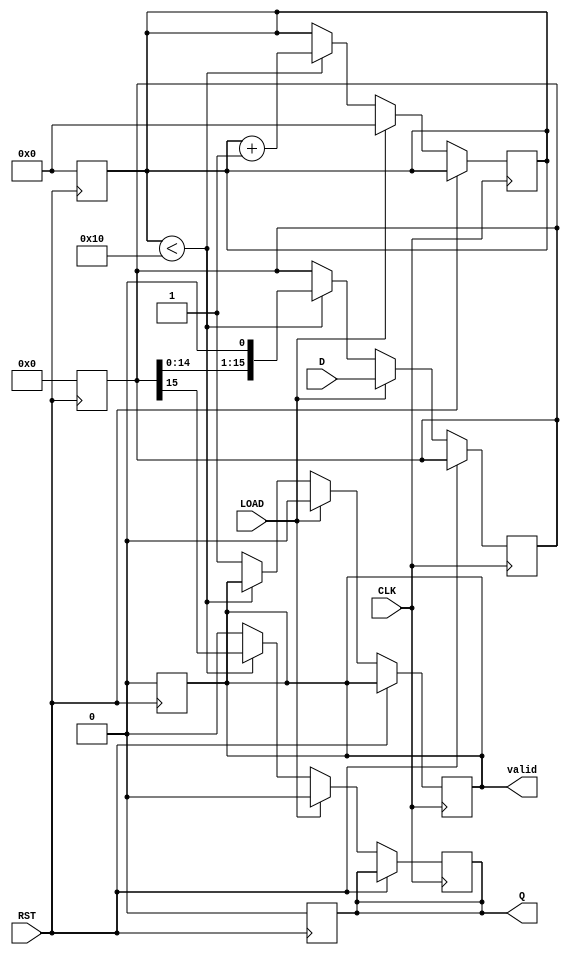
module PISO_Register (
    input wire [15:0] D,       // 16-bit parallel data input
    input wire LOAD,           // Load control signal
    input wire CLK,            // Clock signal
    input wire RST,            // Reset signal
    output reg Q,              // Serial output
    output reg valid           // Output valid signal
);

    reg [15:0] internal_reg;   // Internal register to hold the parallel data
    reg [3:0] bit_count;       // Counter for the number of bits shifted out

    // On reset, initialize the register and output
    always @(posedge RST) begin
        internal_reg <= 16'b0;
        Q <= 1'b0;
        valid <= 1'b0;
        bit_count <= 4'b0;
    end

    // Main operation block
    always @(posedge CLK) begin
        if (RST) begin
            // Reset state is handled above
        end else if (LOAD) begin
            // Load data into the internal register
            internal_reg <= D;
            Q <= 1'b0; // Output is stable until shifting starts
            valid <= 1'b0; // Output is not valid yet
            bit_count <= 4'b0; // Reset bit counter
        end else begin
            // Shift operation
            if (bit_count < 16) begin
                Q <= internal_reg[15]; // Output the MSB
                internal_reg <= {internal_reg[14:0], 1'b0}; // Shift left and fill LSB with 0
                bit_count <= bit_count + 1; // Increment the bit counter
            end else begin
                // All bits shifted out
                Q <= 1'b0; // Optionally hold the last state or set to 0
                valid <= 1'b1; // Indicate that the output is valid
            end
        end
    end

endmodule